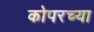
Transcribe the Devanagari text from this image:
कोपरच्या